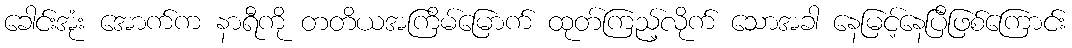
ခေါင်းအုံး အောက်က နာရီကို တတိယအကြိမ်မြောက် ထုတ်ကြည့်လိုက် သောအခါ နေမြင့်နေပြီဖြစ်ကြောင်း